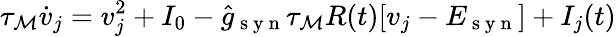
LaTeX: \tau_{\mathcal{M}}\dot{{v}}_{j}=v_{j}^{2}+I_{0}-\hat{{g}}_{\mathrm{{~s~y~n~}}}\tau_{\mathcal{M}}R(t)[v_{j}-E_{\mathrm{{~s~y~n~}}}]+I_{j}(t)